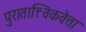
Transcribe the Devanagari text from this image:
पुरातात्त्विकवेत्ता